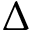
\Delta